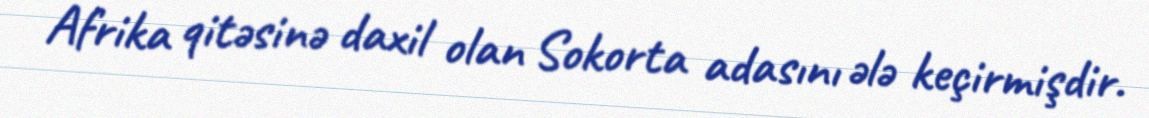
Afrika qitəsinə daxil olan Sokorta adasını ələ keçirmişdir.